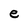
Character: e